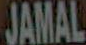
JAMAL